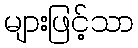
များဖြင့်သာ